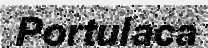
Portulaca